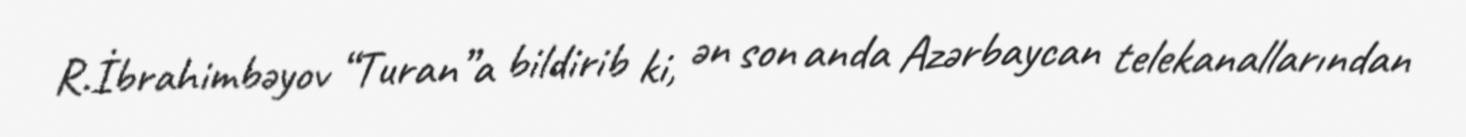
R.İbrahimbəyov “Turan”a bildirib ki, ən son anda Azərbaycan telekanallarından